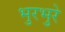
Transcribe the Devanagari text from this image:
भुरभुरे